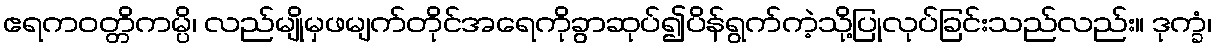
ဧရကဝတ္တိကမ္ပိ၊ လည်မျိုမှဖမျက်တိုင်အရေကိုခွာဆုပ်၍ပိန်ရွက်ကဲ့သို့ပြုလုပ်ခြင်းသည်လည်း။ ဒုက္ခံ၊